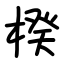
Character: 楑